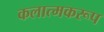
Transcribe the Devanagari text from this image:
कलात्मकरूप